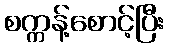
စက္ကန့်စောင့်ပြီး